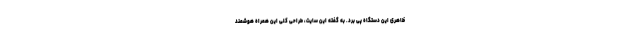
ظاهری این دستگاه پی برد. به گفته این سایت، طراحی کلی این همراه هوشمند